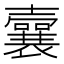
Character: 𡄜